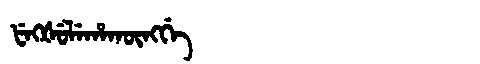
Manchu: ᡶᡝᡴᡧᡠᠯᡝᡥᠠᡴᡡᠩᡤᡝ
Romanization: FEKŠULEHAKŪNGGE